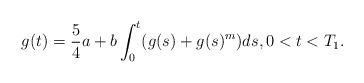
LaTeX: \begin{align*}g(t) = \frac 54 a + b\int_0^t (g(s) + g(s)^m )ds, 0<t<T_1.\end{align*}